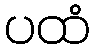
ပထံ